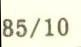
85/10